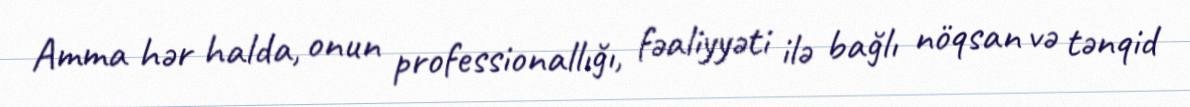
Amma hər halda, onun professionallığı, fəaliyyəti ilə bağlı nöqsan və tənqid